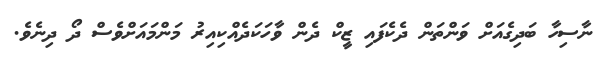
ނާސިހާ ބަދިގެއަށް ވަންތަން ދެކެފައި ޒީކް ދެން ވާހަކަދެއްކިއިރު މަންމައަށްވެސް ދޯ ދިނެވެ.